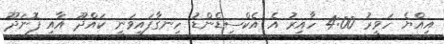
އިއްޔެ ހަވީރު 4:00 ހާއިރު އެ އެކްސިޑެންޑު ހިނގާފައިވަނީ ކައްދޫ އާއި ފޮނަދޫ